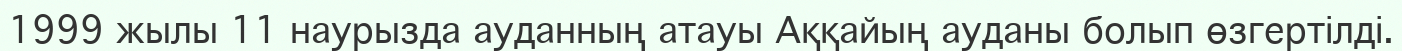
1999 жылы 11 наурызда ауданның атауы Аққайың ауданы болып өзгертілді.